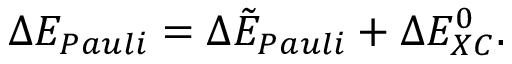
\Delta E _ { P a u l i } = \Delta \tilde { E } _ { P a u l i } + \Delta E _ { X C } ^ { 0 } .